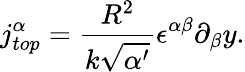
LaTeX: j_{top}^{\alpha}=\frac{R^{2}}{k\sqrt{\alpha^{\prime}}}\epsilon^{\alpha\beta}\partial_{\beta}y.